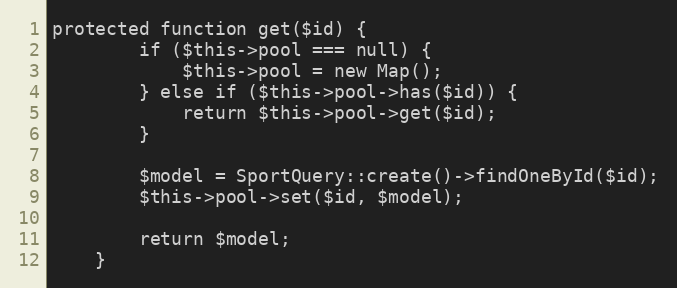
Language: PHP
protected function get($id) {
		if ($this->pool === null) {
			$this->pool = new Map();
		} else if ($this->pool->has($id)) {
			return $this->pool->get($id);
		}

		$model = SportQuery::create()->findOneById($id);
		$this->pool->set($id, $model);

		return $model;
	}